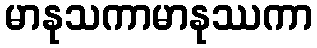
မာနုသကာမာနုဿကာ